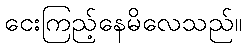
ငေးကြည့်နေမိလေသည်။